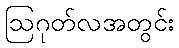
ဩဂုတ်လအတွင်း